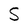
Character: S